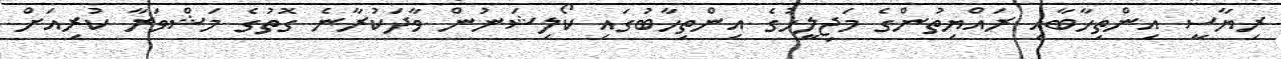
ރިޔާސީ އިންތިހާބާއި ރައްޔިތުންގެ މަޖިލީހުގެ އިންތިހާބުގައި ކޯލިޝަނުން ވާދަކުރާނެ ގޮތުގެ މަޝްވަރާ ކުރިއަށް